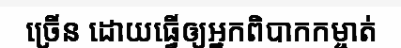
ច្រើន ដោយធ្វើឲ្យអ្នកពិបាកកម្ចាត់